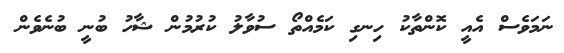
ނަމަވެސް އެއީ ކޮންތާކު ހިނގި ކަމެއްތޯ ސުވާލު ކުރުމުން ޝާހު ބުނީ ބުނެވެން